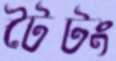
টৈটং